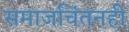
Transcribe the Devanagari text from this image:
समाजचिंतनही